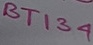
Text: BT134